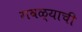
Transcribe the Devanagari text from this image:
गवळ्याची